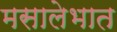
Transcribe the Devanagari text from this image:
मसालेभात